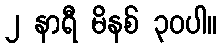
၂ နာရီ မိနစ် ၃၀ပါ။